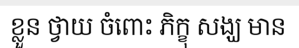
ខ្លួន ថ្វាយ ចំពោះ ភិក្ខុ សង្ឃ មាន